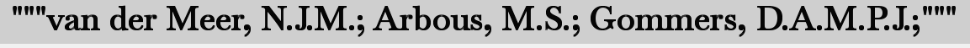
"""van der Meer, N.J.M.; Arbous, M.S.; Gommers, D.A.M.P.J.;"""